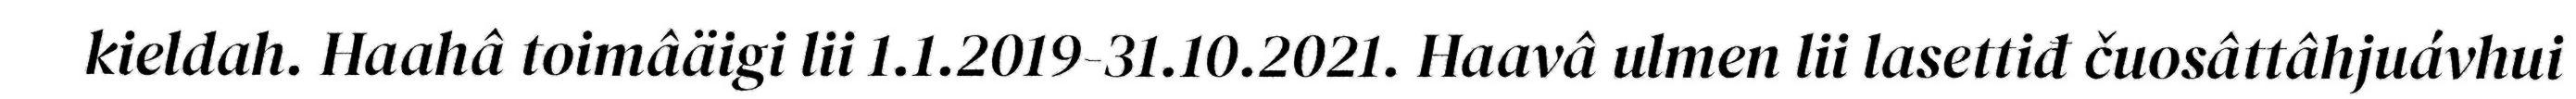
kieldah. Haahâ toimâäigi lii 1.1.2019-31.10.2021. Haavâ ulmen lii lasettiđ čuosâttâhjuávhui